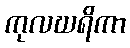
ကုလဃရိကာ